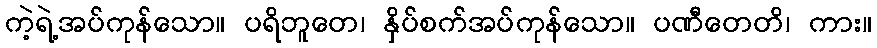
ကဲ့ရဲ့အပ်ကုန်သော။ ပရိဘူတေ၊ နှိပ်စက်အပ်ကုန်သော။ ပဏီတေတိ၊ ကား။